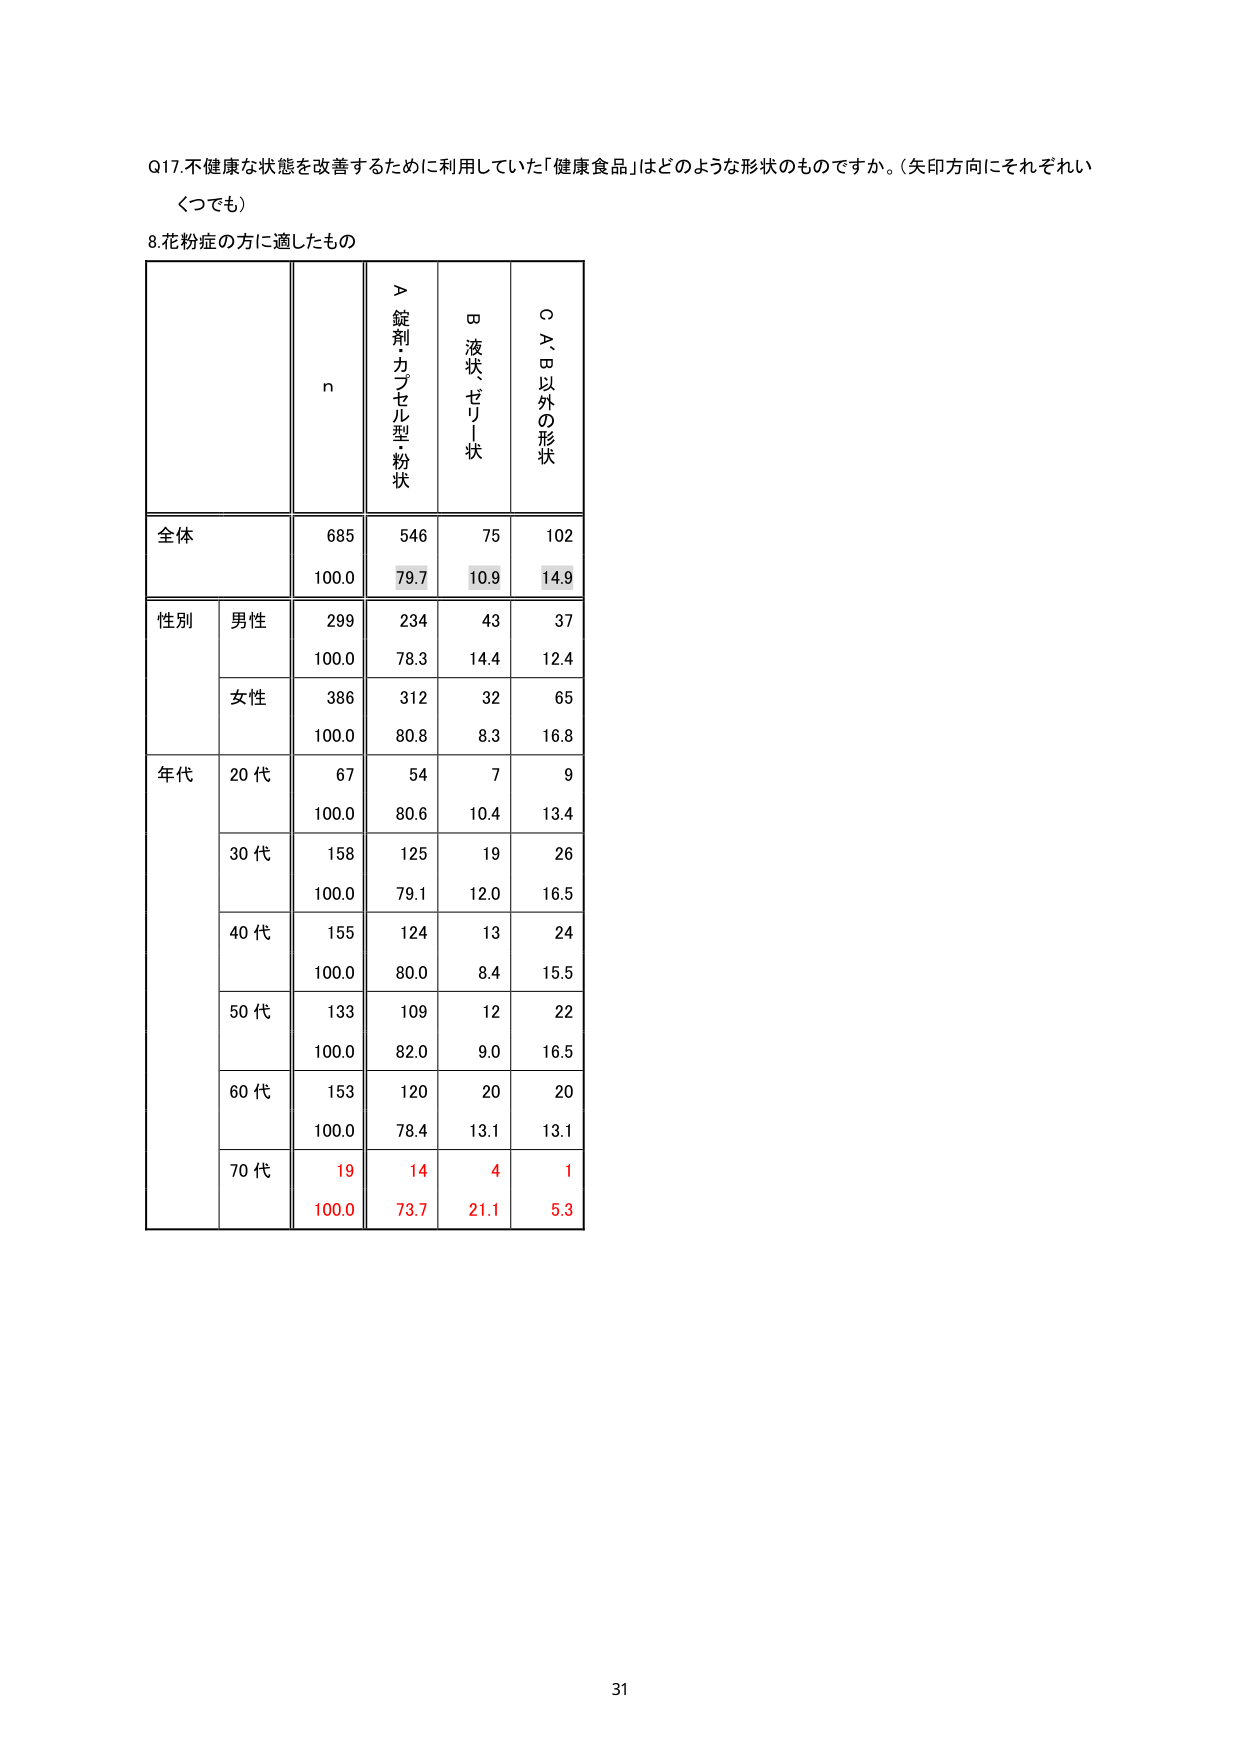
Q17.不健康な状態を改善するために利用していた「健康食品」はどのような形状のものですか。(矢印方向にそれぞれいくつでも)

8.花粉症の方に適したもの

n
＞錠剤・カプセル型・粉状
□液状・ゼリー状
○A、B以外の形状

全体
685
546
75
102
100.0
79.7
10.9
14.9

性別
男性
299
234
43
37
100.0
78.3
14.4
12.4
女性
386
312
32
65
100.0
80.8
8.3
16.8

年代
20代
67
54
7
9
100.0
80.6
10.4
13.4
30代
158
125
19
26
100.0
79.1
12.0
16.5
40代
155
124
13
24
100.0
80.0
8.4
15.5
50代
133
109
12
22
100.0
82.0
9.0
16.5
60代
153
120
20
20
100.0
78.4
13.1
13.1
70代
19
14
4
1
100.0
73.7
21.1
5.3

31